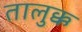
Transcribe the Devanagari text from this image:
तालुक्क